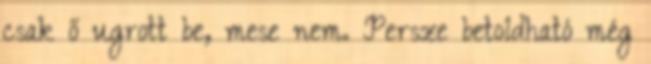
csak ő ugrott be, mese nem. Persze betoldható még